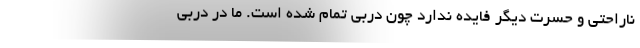
ناراحتی و حسرت دیگر فایده ندارد چون دربی تمام شده است. ما در دربی